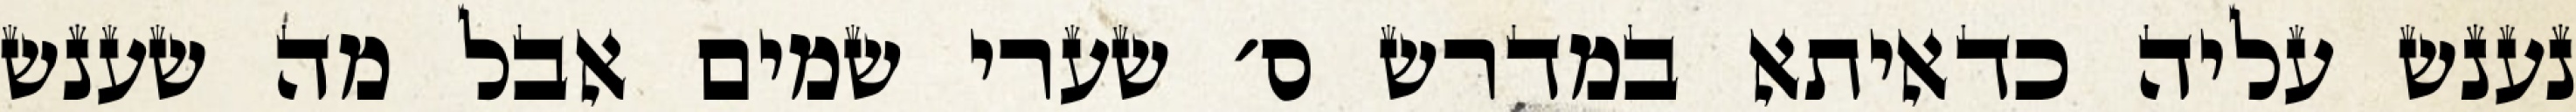
נענש עליה כדאיתא במדרש ס׳ שערי שמים אבל מה שענש